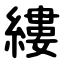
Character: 縷